Eesti_Vabariigi_Tartu_Ulikool, lk 72
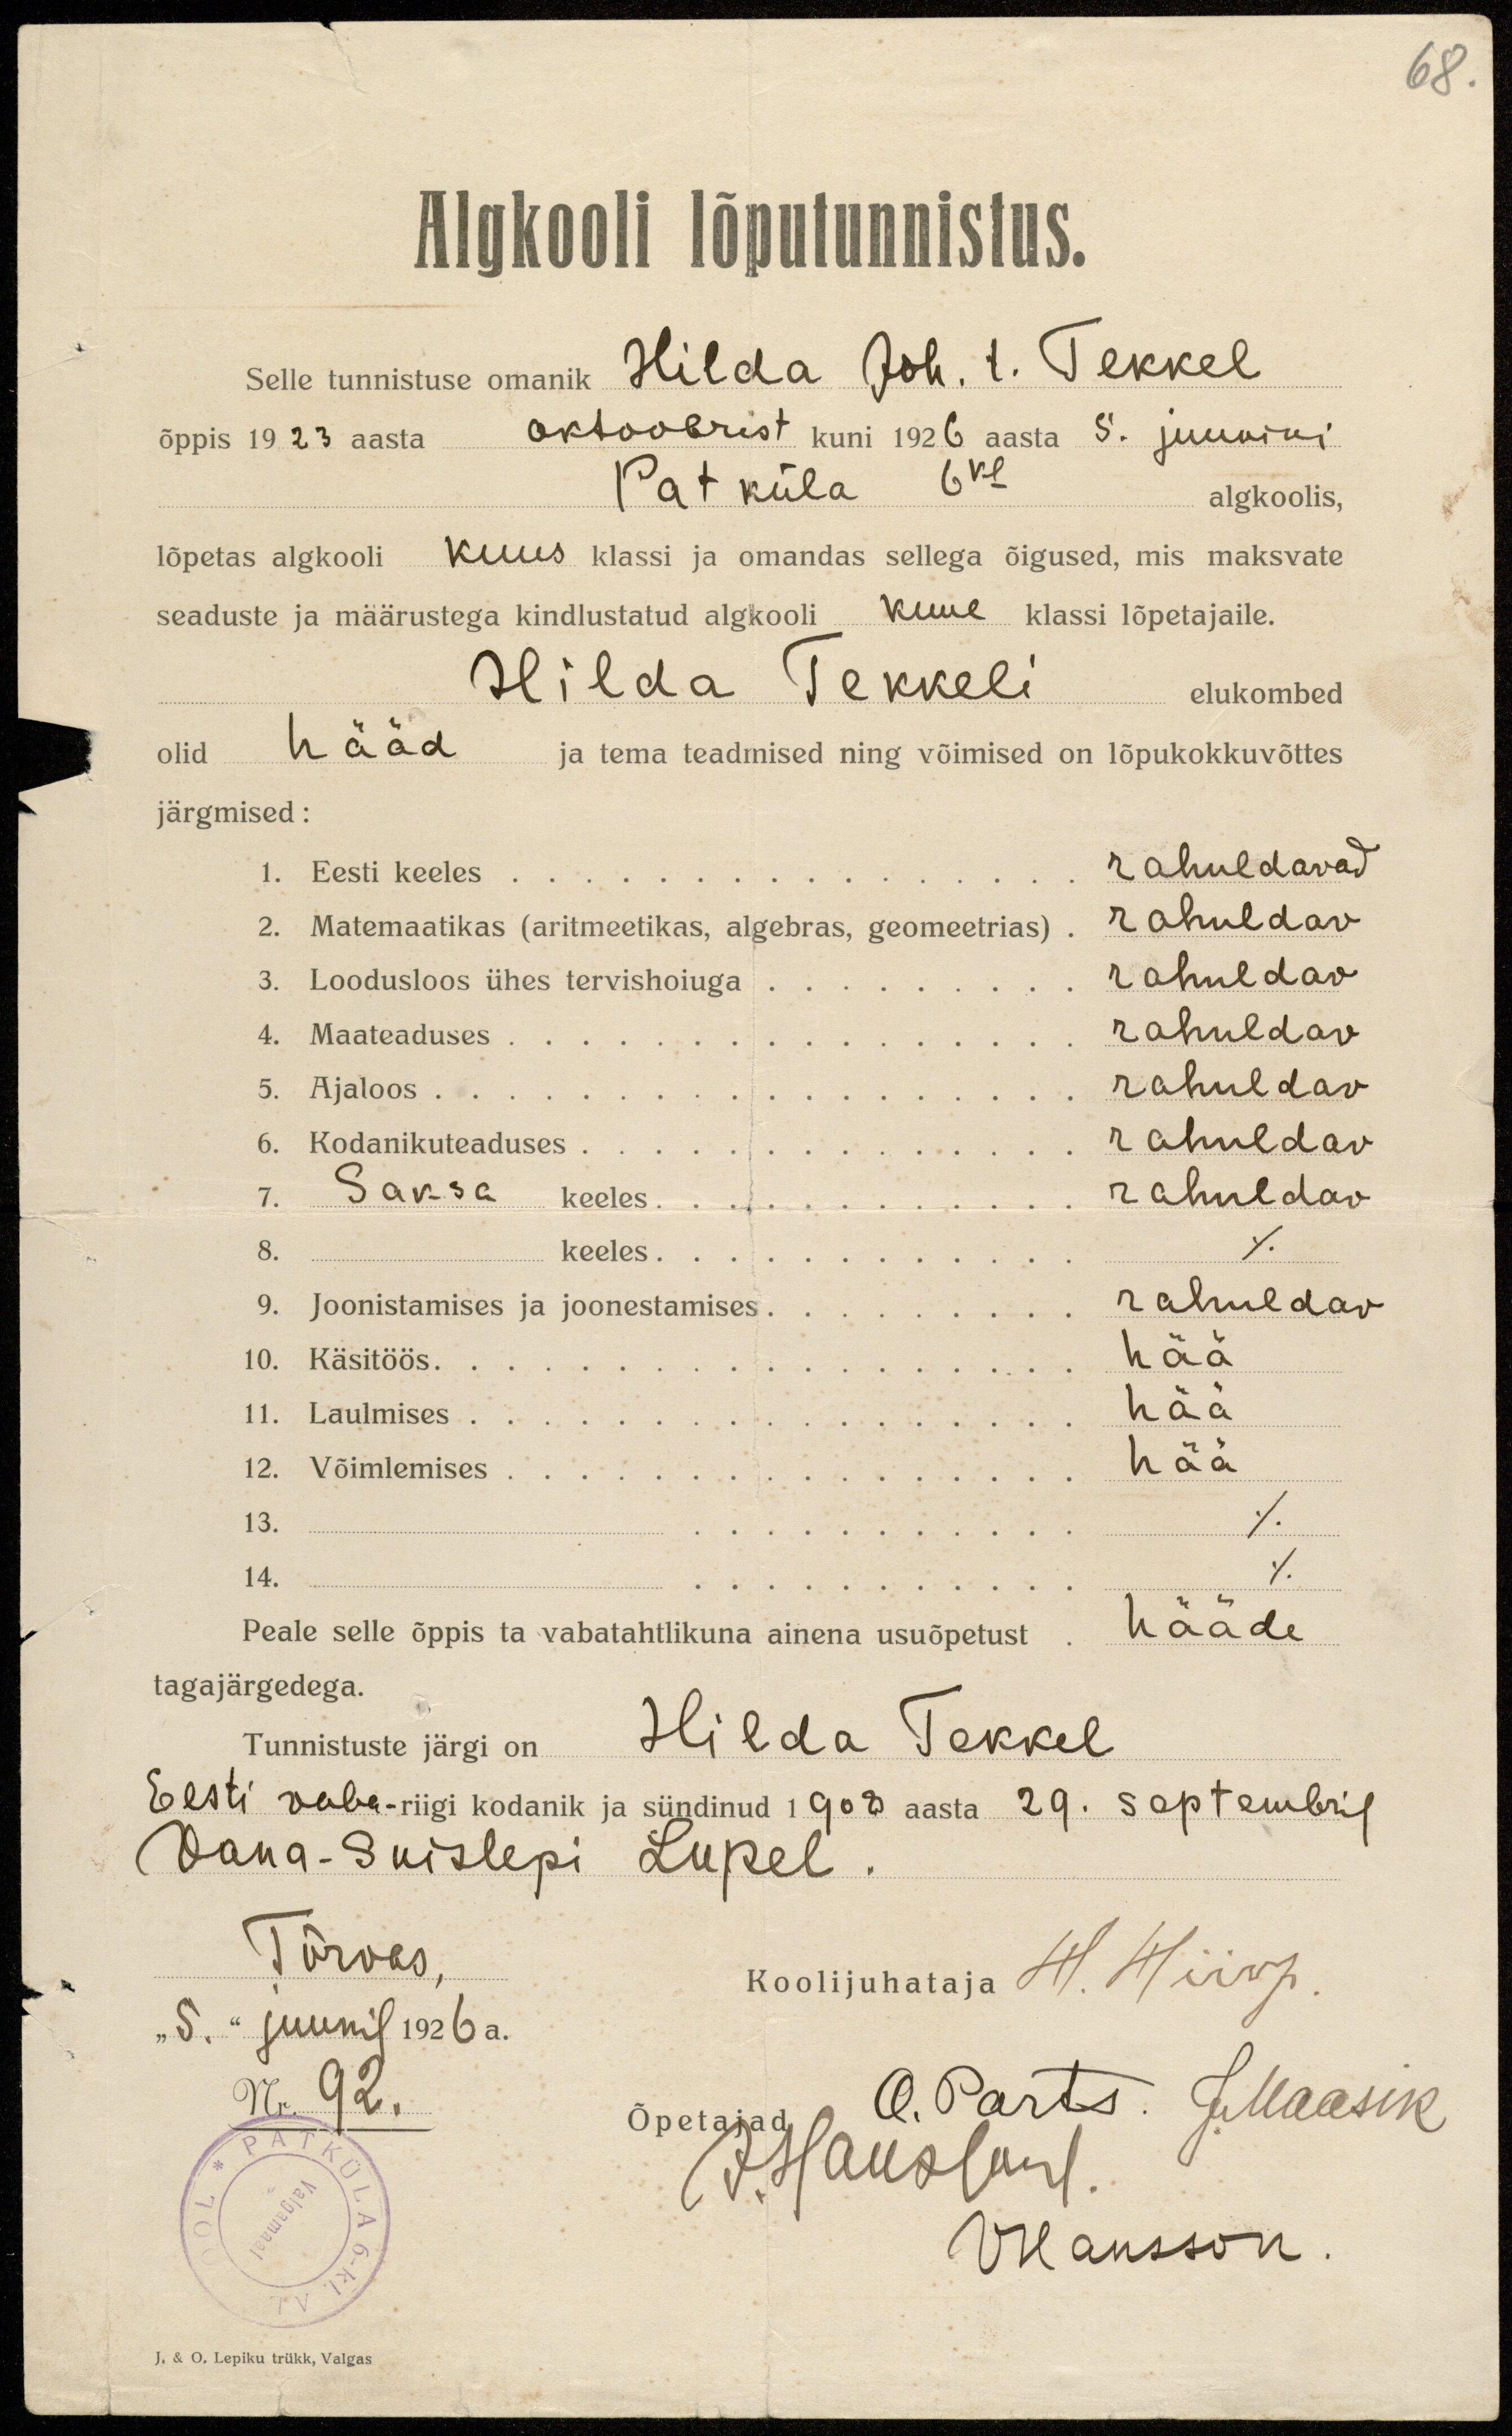
68.
Algkooli lõputunnistus.
Selle tunnistuse omanik Hilda Joh. t. Tekkel
õppis 1923 aasta oktoobrist kuni 1926 aasta 5. juunini
Patküla 6 kl algkoolis,
lõpetas algkooli kuus klassi ja omandas sellega õigused, mis maksvate
seaduste ja määrustega kindlustatud algkooli kuue klassi lõpetajaile.
Hilda Tekkeli elukombed
olid hääd ja tema teadmised ning võimised on lõpukokkuvõttes
järgmised:
1. Eesti keeles................... rahuldavad
2. Matemaatikas (aritmeetikas, algebras, geomeetrias) rahuldavad
3. Loodusloos ühes tervishoiuga.... rahuldav
4. Maateaduses................... rahuldav
5. Ajaloos rahuldav
6. Kodanikuteaduses.... rahuldav
7. Saksa keeles... rahuldav
8. ...keeles ./.
9. Joonistamises ja joonestamises rahuldav
10. Käsitöös hää
11. Laulmises hää
12. Võimlemises hää
14.
Peale selle õppis ta vabatahtlikuna ainena usuõpetust hääde
tagajärgedega.
Tunnistuste järgi on Hilda Tekkel
Eesti vaba-riigi kodanik ja sündinud 1908 aasta 29. Septembril
Vana-Suislepi Lupel.
Tõrvas,
Koolijuhataja H. Hiiop.
"5" juunil 1926 a.
Nr. 92.
O. Parts. J. Maasik
J Hauslane
Õpetajad
V Hanson.
J. & E. Lepiku trükk, Valgas